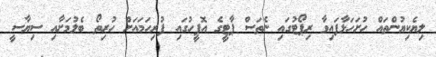
ލިޔެކިޔުންތައް ހުށަހަޅާފައިވާ ރިޕޯޓުގައި ނެތަސް ޕާޓީގެ އޮފީހުގައި ފުރިހަމައަށް ހުރިތޯ ބެލުމަށާއި ސިޔާސީ